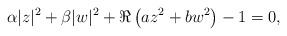
LaTeX: \begin{align*}\alpha |z|^2 + \beta |w|^2 + \Re \left( a z^2 + b w^2\right) - 1 = 0,\end{align*}